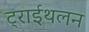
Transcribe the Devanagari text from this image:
ट्राईथलन